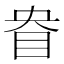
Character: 𰥘